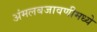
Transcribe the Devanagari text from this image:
अंमलबजावणीमध्ये